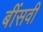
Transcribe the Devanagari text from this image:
बींसवी